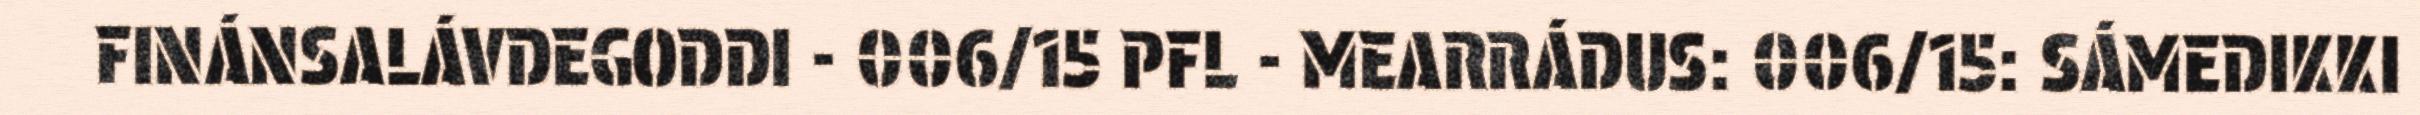
FINÁNSALÁVDEGODDI - 006/15 PFL - MEARRÁDUS: 006/15: SÁMEDIKKI